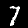
Digit: 7